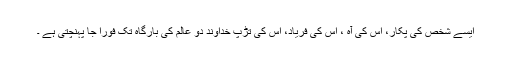
ایسے شخص کی پکار، اس کی آہ ، اس کی فریاد، اس کی تڑپ خداوند دو عالم کی بارگاہ تک فوراً جا پہنچتی ہے ۔